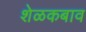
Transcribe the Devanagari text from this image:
शेळकबाव